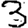
Digit: 3